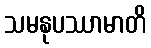
သမနုပဿာမာတိ